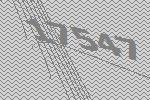
17547